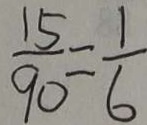
\frac { 1 5 } { 9 0 } = \frac { 1 } { 6 }